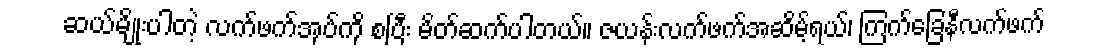
ဆယ်မျိုးပါတဲ့ လက်ဖက်အုပ်ကို စပြီး မိတ်ဆက်ပါတယ်။ ဇယန်းလက်ဖက်အဆိမ့်ရယ်၊ ကြက်ခြေနီလက်ဖက်